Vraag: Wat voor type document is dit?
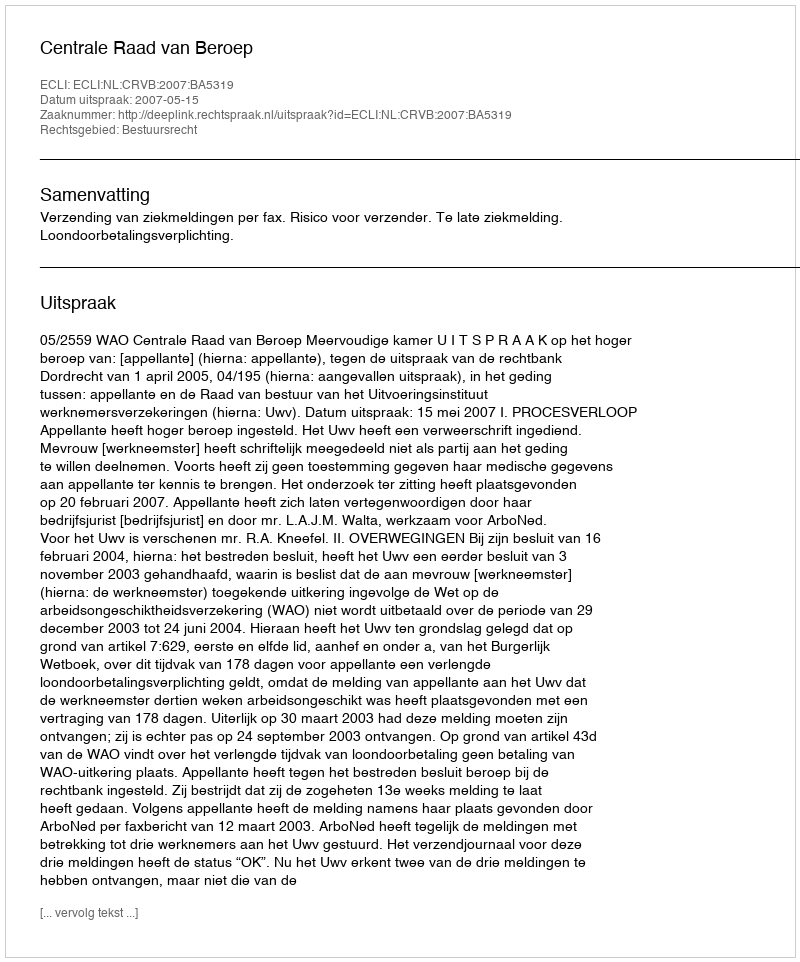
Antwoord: Uitspraak